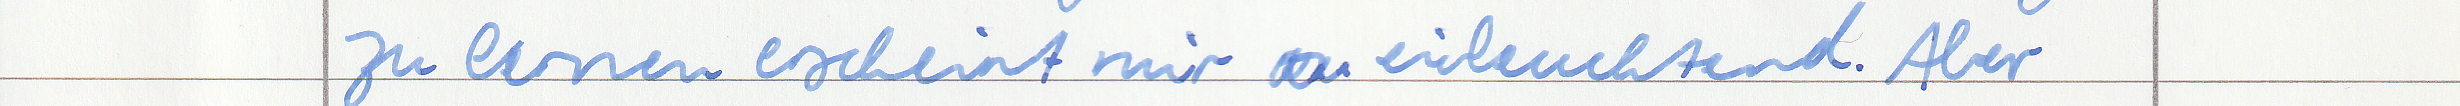
zu lernen erscheint mir einleuchtend. Aber